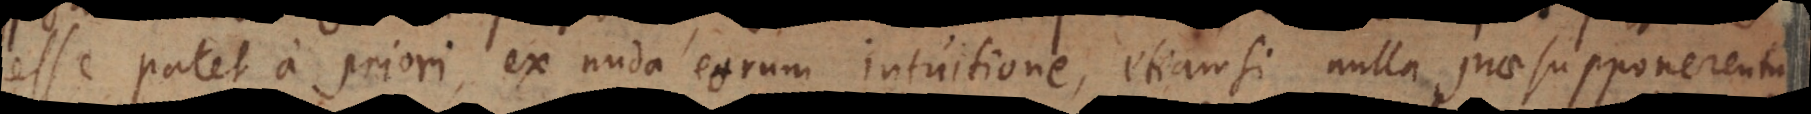
esse patet a priori, ex nuda eorum intuitione, etiamsi nulla praesupponerentur